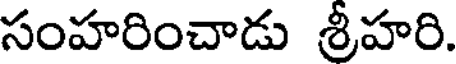
సంహరించాడు శ్రీహరి.